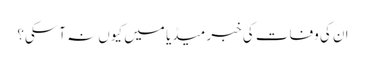
ان کی وفات کی خبر میڈیا میں کیوں نہ آسکی؟